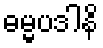
ဓမ္မပဒါနိ